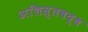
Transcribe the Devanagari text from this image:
अशिस्तबद्ध